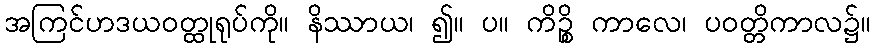
အကြင်ဟဒယဝတ္ထုရုပ်ကို။ နိဿာယ၊ ၍။ ပ။ ကိဉ္စိ ကာလေ၊ ပဝတ္တိကာလ၌။